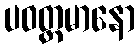
ပဝတ္တမာနော